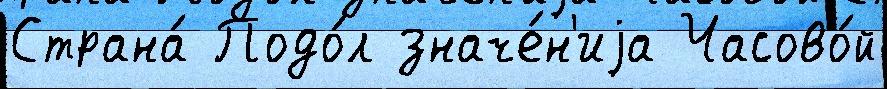
Страна́ Подо́л значе́н'иjа Часово́й